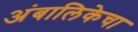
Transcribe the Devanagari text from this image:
अंबालिकेचा